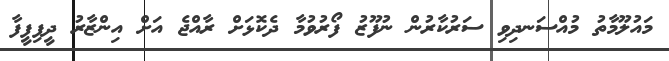
މައުލޫމާތު މުއްސަނދިވި ސަރުކާރުން ނުފޫޒު ފޯރުވުމާ ދެކޮޅަށް ރާއްޖެ އަށް އިންޒާރު ދީފިފީފާ